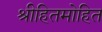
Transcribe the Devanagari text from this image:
श्रीहितमोहित